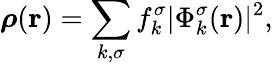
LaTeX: {\boldsymbol\rho}({\mathbf r})=\sum_{k,\sigma}f_{k}^{\sigma}\vert\Phi_{k}^{\sigma}({\mathbf r})\vert^{2},